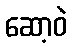
ဆော့ဝဲ